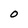
Character: O